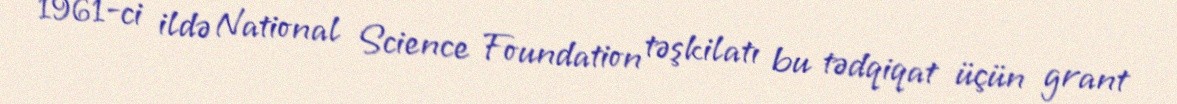
1961-ci ildə National Science Foundation təşkilatı bu tədqiqat üçün grant